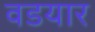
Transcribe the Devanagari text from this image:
वडयार